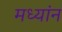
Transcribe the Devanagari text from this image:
मध्यांन